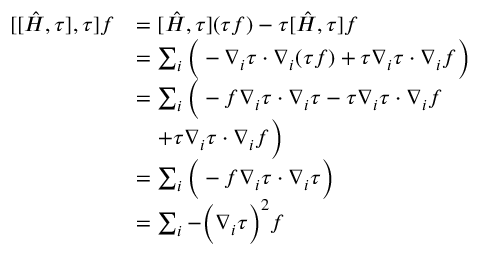
\begin{array} { r l } { [ [ \hat { H } , \tau ] , \tau ] f } & { = [ \hat { H } , \tau ] ( \tau f ) - \tau [ \hat { H } , \tau ] f } \\ & { = \sum _ { i } \Big ( - \boldsymbol { \nabla } _ { i } \tau \cdot \boldsymbol { \nabla } _ { i } ( \tau f ) + \tau \boldsymbol { \nabla } _ { i } \boldsymbol \tau \cdot \boldsymbol { \nabla } _ { i } f \Big ) } \\ & { = \sum _ { i } \Big ( - f \boldsymbol { \nabla } _ { i } \tau \cdot \boldsymbol { \nabla } _ { i } \tau - \tau \boldsymbol { \nabla } _ { i } \tau \cdot \boldsymbol { \nabla } _ { i } f } \\ & { \quad + \tau \boldsymbol { \nabla } _ { i } \tau \cdot \boldsymbol { \nabla } _ { i } f \Big ) } \\ & { = \sum _ { i } \Big ( - f \boldsymbol { \nabla } _ { i } \tau \cdot \boldsymbol { \nabla } _ { i } \tau \Big ) } \\ & { = \sum _ { i } - \Big ( \boldsymbol { \nabla } _ { i } \tau \Big ) ^ { 2 } f } \end{array}